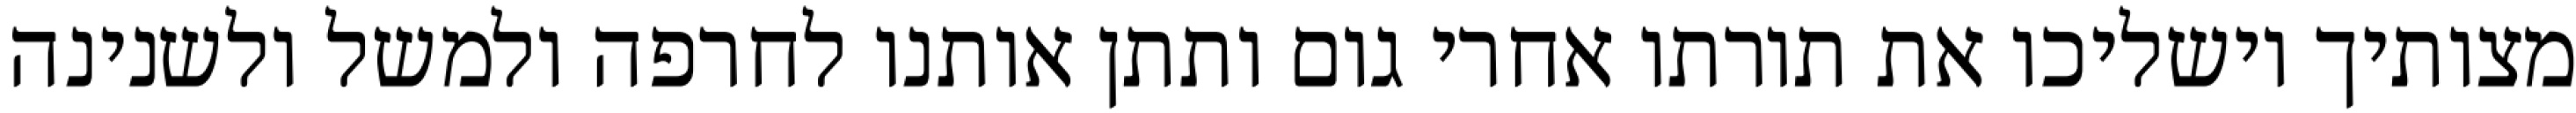
מצותיך וישליכו את תורתו אחרי גום ותתן אותנו לחרפה ולמשל ולשנינה